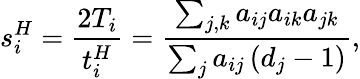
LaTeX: s_{i}^{H}=\frac{2T_{i}}{t_{i}^{H}}=\frac{\sum_{j,k}a_{ij}a_{ik}a_{jk}}{\sum_{j}a_{ij}\left(d_{j}-1\right)},